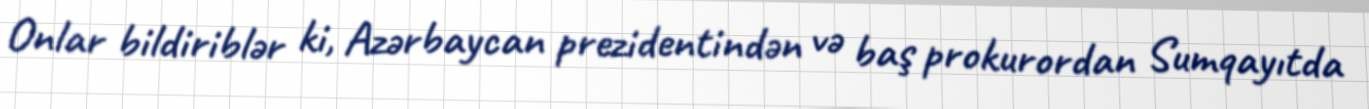
Onlar bildiriblər ki, Azərbaycan prezidentindən və baş prokurordan Sumqayıtda